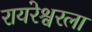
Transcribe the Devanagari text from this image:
रायरेश्वरला